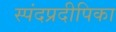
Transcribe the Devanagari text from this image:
स्पंदप्रदीपिका